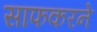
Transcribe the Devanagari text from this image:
साफकरने